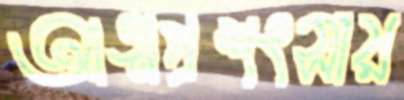
আত্মপ্রশংসায়